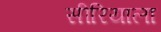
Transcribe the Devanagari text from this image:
सीरियाला